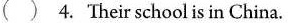
( ) 4. Their schoolis in China.